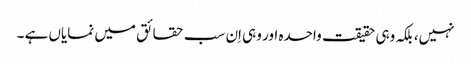
نہیں، بلکہ وہی حقیقت واحدہ اور وہی اِن سب حقائق میں نمایاں ہے ۔